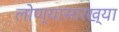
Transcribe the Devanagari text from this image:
लोण्यासारख्या